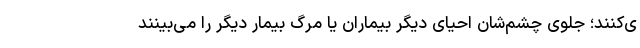
ی‌کنند؛ جلوی چشم‌شان احیای دیگر بیماران یا مرگ بیمار دیگر را می‌بینند